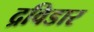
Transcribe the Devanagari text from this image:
द्रविडार